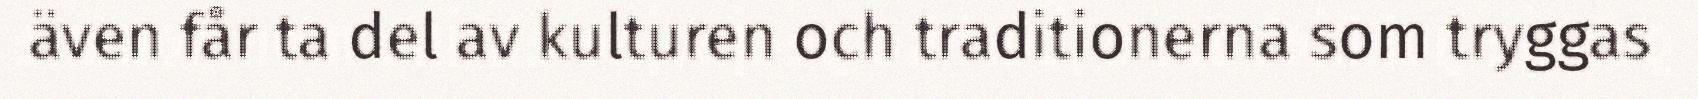
även får ta del av kulturen och traditionerna som tryggas